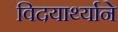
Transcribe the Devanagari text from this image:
विदयार्थ्‍याने